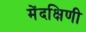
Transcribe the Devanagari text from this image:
मेंदक्षिणी